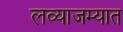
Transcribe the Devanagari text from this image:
लव्याजम्यात